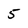
Character: 5